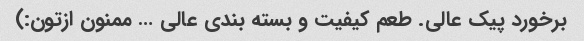
برخورد پیک عالی. طعم کیفیت و بسته بندی عالی … ممنون ازتون:)